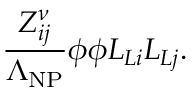
{ \frac { Z _ { i j } ^ { \nu } } { \Lambda _ { \mathrm { N P } } } } \phi \phi L _ { L i } L _ { L j } .